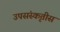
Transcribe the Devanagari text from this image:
उपसंस्कृतीस